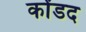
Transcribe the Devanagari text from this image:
कोंडद